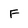
Character: f